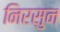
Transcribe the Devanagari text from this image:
निरसुन